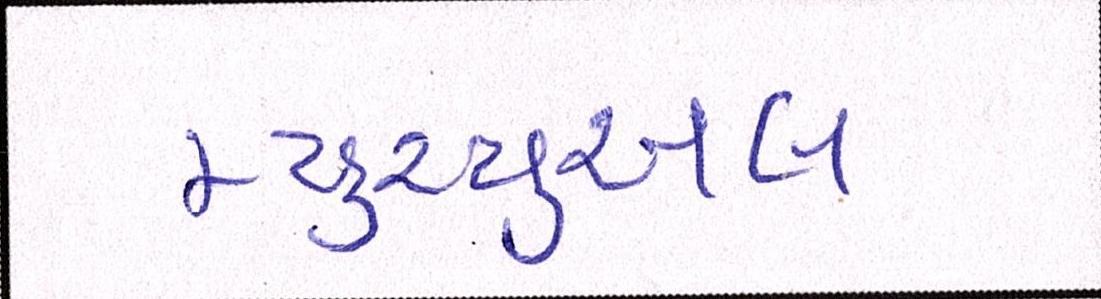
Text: મ્યુચ્યુઅલ